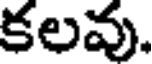
కలవు.